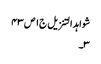
شواہد التنزیل ج١ ص ٤٣
٣۔